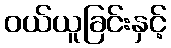
ဝယ်ယူခြင်းနှင့်